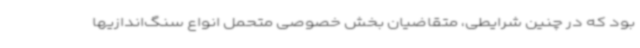
بود که در چنین شرایطی، متقاضیان بخش خصوصی متحمل انواع سنگ‌اندازیها